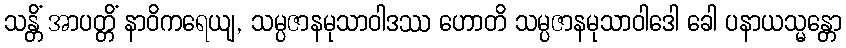
သန္တိံ အာပတ္တိံ နာဝိကရေယျ, သမ္ပဇာနမုသာဝါဒဿ ဟောတိ သမ္ပဇာနမုသာဝါဒေါ ခေါ ပနာယသ္မန္တော